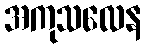
အကုသလေန